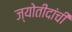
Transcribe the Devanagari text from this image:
ज्योतीदांची